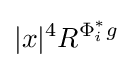
|x|^{4}R^{\Phi _{i}^{\ast }g}